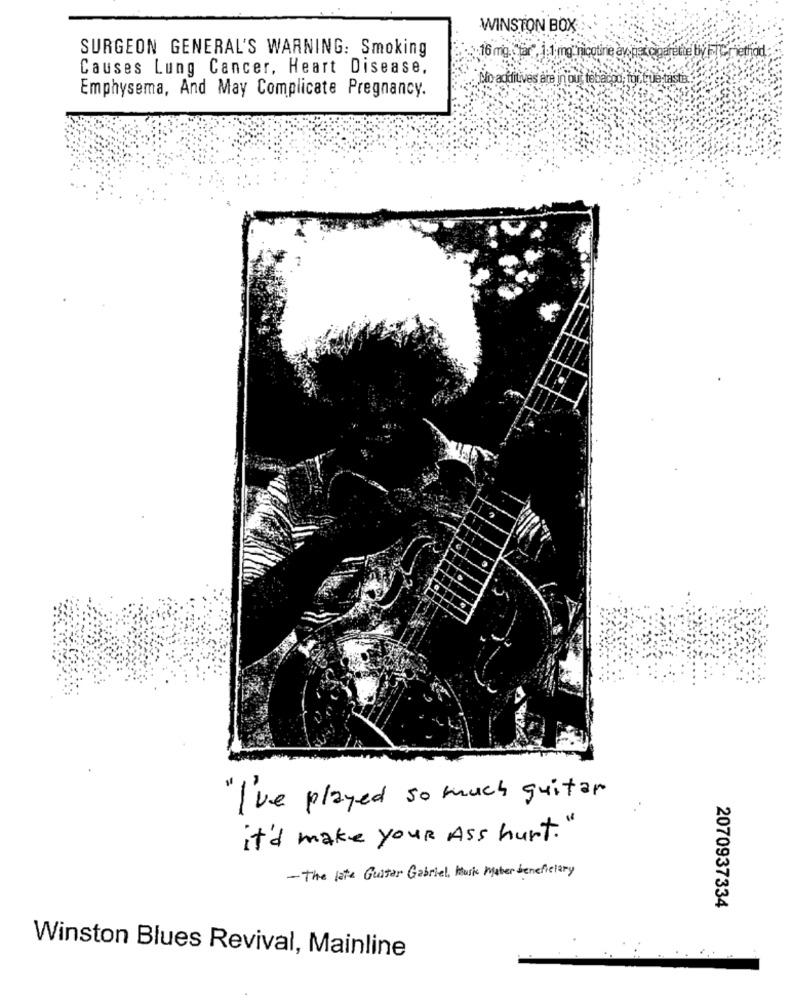
WINSTON BOX
SURGEON GENERAL'S WARNING: Smoking
16 mg. far", 1,1 mg" nicotine av ne coparette by FICniethad
Causes Lung Cancer, Heart Disease,
No additives are inou tabacoo, for true tastia.
Emphysema, And May Complicate Pregnancy.
" I've played so much guitar
it'd make your Ass hurt."
- The late Guitar Gabriel , Musik Maker beneficiary
2070937334
Winston Blues Revival, Mainline